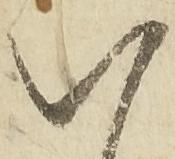
八